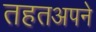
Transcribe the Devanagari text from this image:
तहतअपने